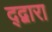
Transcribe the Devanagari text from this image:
द्द्वारा